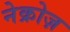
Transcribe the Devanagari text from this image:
नेक्रोज़